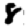
Digit: 8